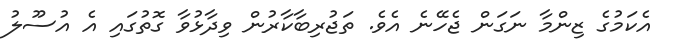
އެކަމުގެ ޒިންމާ ނަގަން ޖެހޭނެ އެވެ. ތަޖުރިބާކާރުން ވިދާޅުވާ ގޮތުގައި އެ އުސޫލު